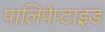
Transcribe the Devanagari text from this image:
पालिपेप्टाइड